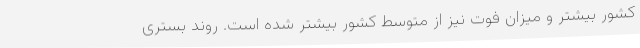
کشور بیشتر و میزان فوت نیز از متوسط کشور بیشتر شده است. روند بستری